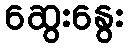
ဆွေးနွေး